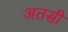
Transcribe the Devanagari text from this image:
अतसी